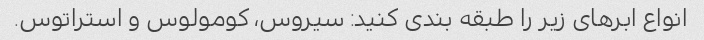
انواع ابرهای زیر را طبقه بندی کنید: سیروس، کومولوس و استراتوس.